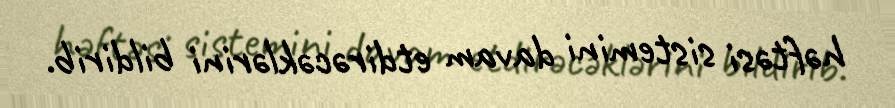
həftəsi sistemini davam etdirəcəklərini bildirib.